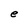
Character: e